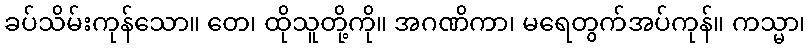
ခပ်သိမ်းကုန်သော။ တေ၊ ထိုသူတို့ကို။ အဂဏိကာ၊ မရေတွက်အပ်ကုန်။ ကသ္မာ၊